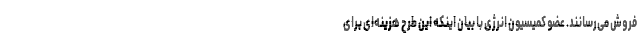
فروش می‌رسانند. عضو کمیسیون انرژی با بیان اینکه این طرح هزینه‌ای برای